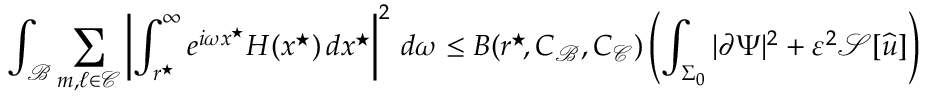
\int _ { \mathcal { B } } \sum _ { m , \ell \in \mathcal { C } } \left| \int _ { r ^ { \star } \! } ^ { \infty } e ^ { i \omega x ^ { \star } } H ( x ^ { \star } ) \, d x ^ { \star } \right| ^ { 2 } \, d \omega \leq B ( r ^ { \star } \! , C _ { \mathcal { B } } , C _ { \mathcal { C } } ) \left( \int _ { \Sigma _ { 0 } } | \partial \Psi | ^ { 2 } + \varepsilon ^ { 2 } \mathcal { S } [ { \widehat { u } } ] \right)